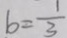
b = \frac { 1 } { 3 }